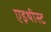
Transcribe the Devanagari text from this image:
एइथीस्ट